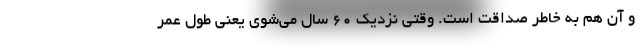
و آن هم به خاطر صداقت است. وقتی نزدیک 60 سال می‌شوی یعنی طول عمر